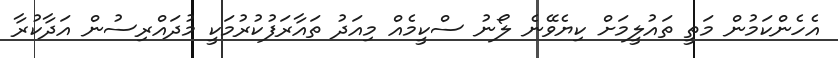
އެހެންކަމުން މަތީ ތައުލީމަށް ކިޔެވޭނެ ލޯނު ސްކީމެއް މިއަދު ތައާރަފުކުރުމަކީ މުދައްރިސުން އަދާކުރާ